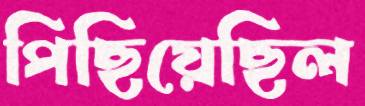
পিছিয়েছিল